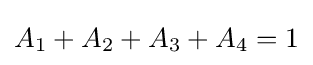
A_{1}+A_{2}+A_{3}+A_{4}=1